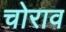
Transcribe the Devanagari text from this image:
चोराव